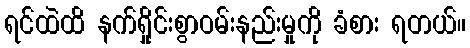
ရင်ထဲထိ နက်ရှိုင်းစွာဝမ်းနည်းမှုကို ခံစား ရတယ်။